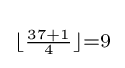
\scriptstyle \lfloor {\frac {37+1}{4}}\rfloor =9